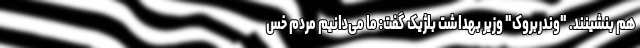
هم بنشینند. "وندربروک" وزیر بهداشت بلژیک گفت: ما می‌دانیم مردم خس